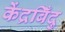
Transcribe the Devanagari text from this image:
केंद्रबिँदु